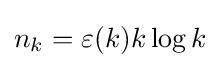
n_{k}=\varepsilon (k)k\log k